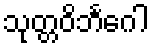
သုတ္တဝိဘင်္ဂေါ